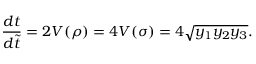
\frac { d t } { d \widetilde { t } } = 2 V ( \rho ) = 4 V ( \sigma ) = 4 \sqrt { y _ { 1 } y _ { 2 } y _ { 3 } } .